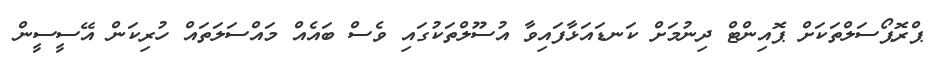
ޕްރޮޕޯސަލްތަކަށް ޕޮއިންޓް ދިނުމަށް ކަނޑައަޅާފައިވާ އުސޫލްތަކުގައި ވެސް ބައެއް މައްސަލަތައް ހުރިކަން އޭސީސީން